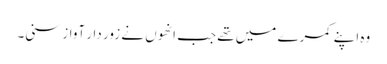
وہ اپنے کمرے میں تھے جب انھوں نے زور دار آواز سنی۔